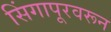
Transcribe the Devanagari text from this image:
सिंगापूरवरून